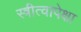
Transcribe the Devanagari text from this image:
स्त्रीत्वापेक्षा